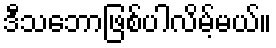
ဒီသဘောဖြစ်ပါလိမ့်မယ်။